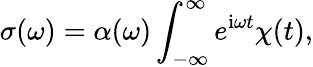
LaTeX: \sigma(\omega)=\alpha(\omega)\int_{-\infty}^{\infty}e^{\textrm{i}\omega t}\chi(t),